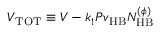
V _ { \mathrm { T O T } } \equiv V - k _ { 1 } P v _ { \mathrm { H B } } N _ { \mathrm { H B } } ^ { ( \phi ) }